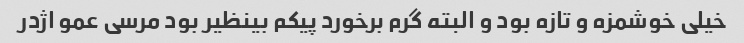
خیلی خوشمزه و تازه بود و البته گرم برخورد پیکم بینظیر بود مرسی عمو اژدر